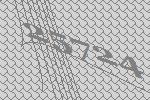
25724